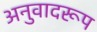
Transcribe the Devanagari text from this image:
अनुवादरूप